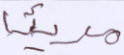
مريئا